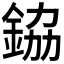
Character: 𮡷